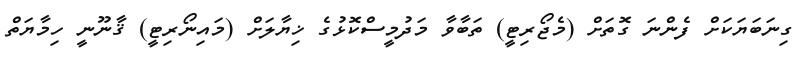
ގިނަބަޔަކަށް ފެންނަ ގޮތަށް (މެޖޯރިޓީ) ތަބާވާ މަދުމީސްކޮޅުގެ ޚިޔާލަށް (މައިނޯރިޓީ) ޤާނޫނީ ހިމާޔަތް